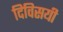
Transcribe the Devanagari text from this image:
दिविसयी